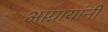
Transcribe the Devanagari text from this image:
आग्नायांनी